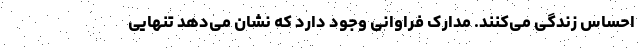
احساس زندگی می‌کنند. مدارک فراوانی وجود دارد که نشان می‌دهد تنهایی